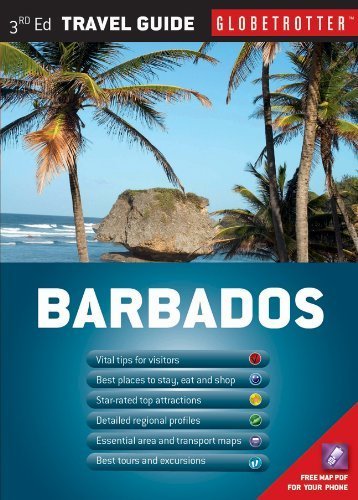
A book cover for Barbados (Globetrotter Travel Pack) by Shales, Melissa (2011) Paperback; Travel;